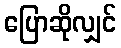
ပြောဆိုလျှင်